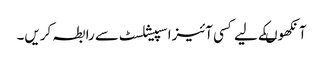
آنکھوںکے لیے کسی آئیزاسپیشلسٹ سے رابطہ کریں۔